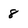
Character: 8